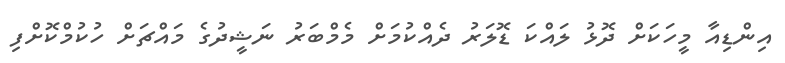
އިންޑިއާ މީހަކަށް ދޮޅު ލައްކަ ޑޮލަރު ދެއްކުމަށް މެމްބަރު ނަޝީދުގެ މައްޗަށް ހުކުމްކޮށްފި